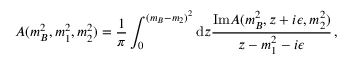
A ( m _ { B } ^ { 2 } , m _ { 1 } ^ { 2 } , m _ { 2 } ^ { 2 } ) = { \frac { 1 } { \pi } } \int _ { 0 } ^ { ( m _ { B } - m _ { 2 } ) ^ { 2 } } { \mathrm d } z { \frac { \mathrm { I m } A ( m _ { B } ^ { 2 } , z + i \epsilon , m _ { 2 } ^ { 2 } ) } { z - m _ { 1 } ^ { 2 } - i \epsilon } } \, ,